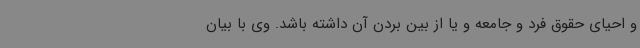
و احیای حقوق فرد و جامعه و یا از بین بردن آن داشته باشد. وی با بیان